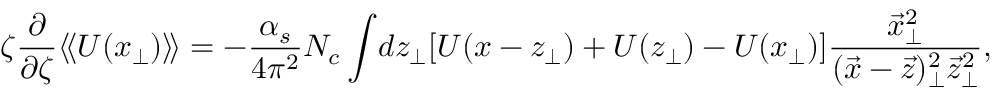
\zeta \frac { \partial } { \partial \zeta } \langle \! \langle { \cal U } ( x _ { \perp } ) \rangle \! \rangle = - { \frac { \alpha _ { s } } { 4 \pi ^ { 2 } } } N _ { c } \int \! d z _ { \perp } [ { \cal U } ( x - z _ { \perp } ) + { \cal U } ( z _ { \perp } ) - { \cal U } ( x _ { \perp } ) ] { \frac { \vec { x } _ { \perp } ^ { 2 } } { ( \vec { x } - \vec { z } ) _ { \perp } ^ { 2 } \vec { z } _ { \perp } ^ { 2 } } } ,